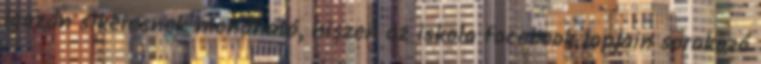
igazán sikeresnek mondható, hiszen az iskola facebook lapjain sorakozó